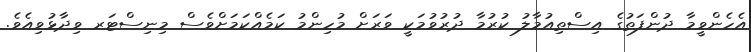
އެހެންވީމާ ދުންފަތުގެ އިސްތިއުމާލު ކުރުމާ ދުރުވުމަކީ ވަރަށް މުހިންމު ކަމެއްކަމަށްވެސް މިނިސްޓަރ ވިދާޅުވިއެވެ.